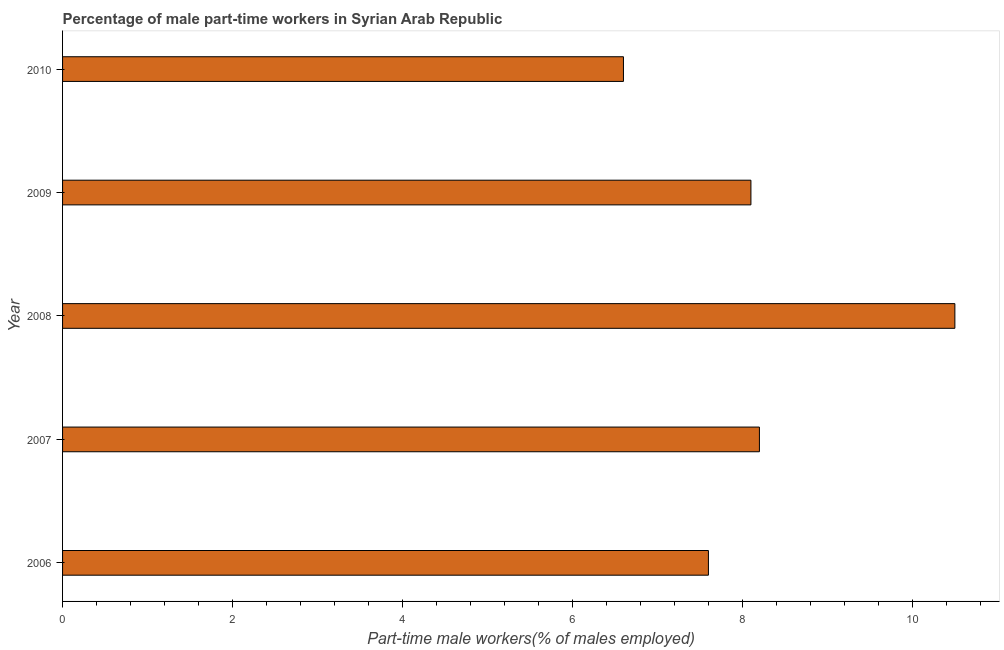
| Year | Part time employment |
 | --- | --- |
 | 2006 | 7.6 |
 | 2007 | 8.2 |
 | 2008 | 10.5 |
 | 2009 | 8.1 |
 | 2010 | 6.6 |